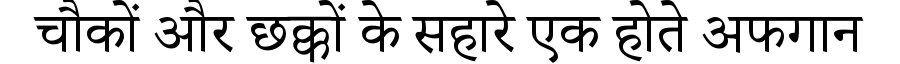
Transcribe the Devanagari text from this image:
चौकों और छक्कों के सहारे एक होते अफगान